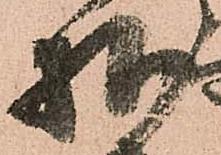
様